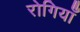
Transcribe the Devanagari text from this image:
रोगियाँ